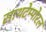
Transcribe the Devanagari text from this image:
साथटेम्पोरल